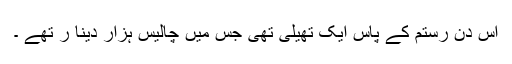
اس دن رستم کے پاس ایک تھیلی تھی جس میں چالیس ہزار دینا ر تھے ۔